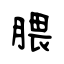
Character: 腲